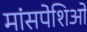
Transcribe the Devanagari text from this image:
मांसपेशिओं